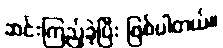
ဆင်းကြည့်ခဲ့ပြီး ဖြစ်ပါတယ်။